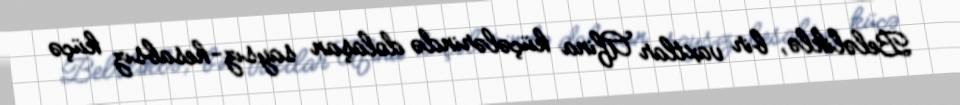
Beləliklə, bir vaxtlar Afina küçələrində dolaşan saysız-hesabsız küçə